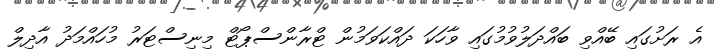
އެ ރަށުގައި ބޭއްވި ބައްދަލުވުމުގައި ވާހަކަ ދައްކަވަމުން ޓްރާންސްޕޯޓް މިނިސްޓަރު މުހައްމަދު އާދިލް